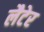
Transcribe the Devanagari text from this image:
लैटेर